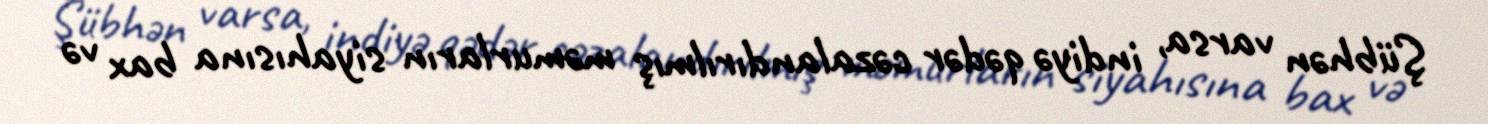
Şübhən varsa, indiyə qədər cəzalandırılmış məmurların siyahısına bax və